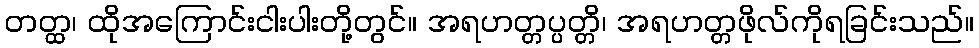
တတ္ထ၊ ထိုအကြောင်းငါးပါးတို့တွင်။ အရဟတ္တပ္ပတ္တိ၊ အရဟတ္တဖိုလ်ကိုရခြင်းသည်။